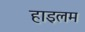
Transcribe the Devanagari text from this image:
हाइलम